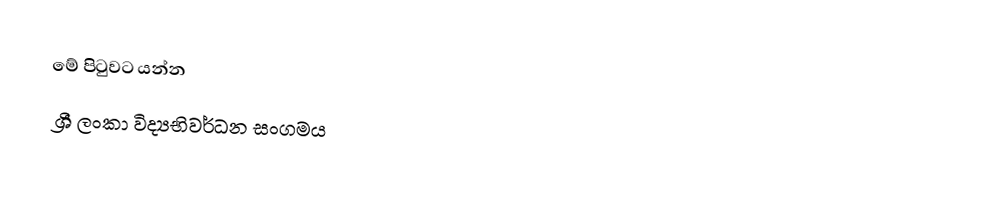
මේ පිටුවට යන්න
ශ්‍රී ලංකා විද්‍යභිවර්ධන සංගමය